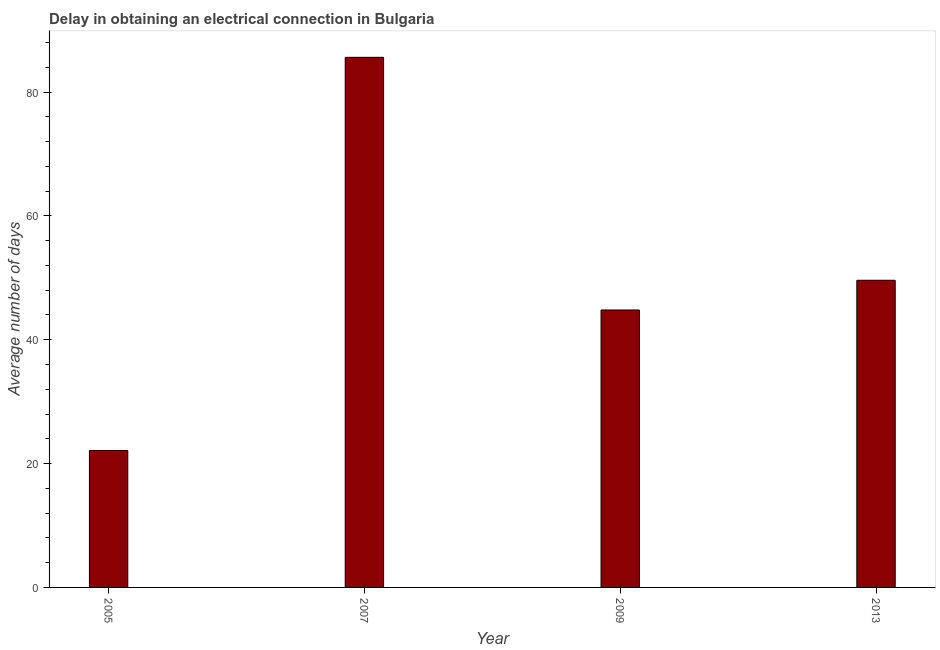
| Year | Dalay in Electrical connection |
 | --- | --- |
 | 2005 | 22.1 |
 | 2007 | 85.6 |
 | 2009 | 44.8 |
 | 2013 | 49.6 |